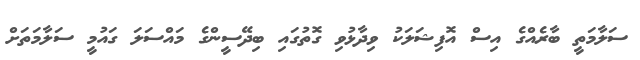
ސަލާމަތީ ބާރެއްގެ އިސް އޮފިޝަލަކު ވިދާޅުވި ގޮތުގައި ބިދޭސީންގެ މައްސަލަ ގައުމީ ސަލާމަތަށް